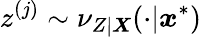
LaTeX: z^{(j)}\sim\nu_{Z|\boldsymbol{X}}(\cdot|\boldsymbol{\mathit{x}}^{*})